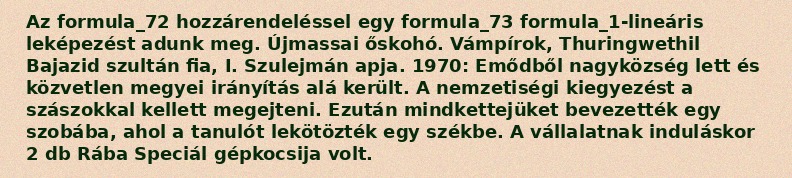
Az formula_72 hozzárendeléssel egy formula_73 formula_1-lineáris leképezést adunk meg. Újmassai őskohó. Vámpírok, Thuringwethil Bajazid szultán fia, I. Szulejmán apja. 1970: Emődből nagyközség lett és közvetlen megyei irányítás alá került. A nemzetiségi kiegyezést a szászokkal kellett megejteni. Ezután mindkettejüket bevezették egy szobába, ahol a tanulót lekötözték egy székbe. A vállalatnak induláskor 2 db Rába Speciál gépkocsija volt.